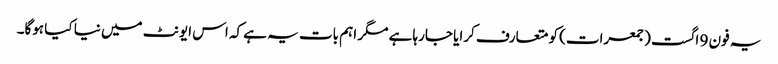
یہ فون 9 اگست (جمعرات) کو متعارف کرایا جارہا ہے مگر اہم بات یہ ہے کہ اس ایونٹ میں نیا کیا ہوگا۔